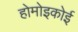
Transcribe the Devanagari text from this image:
होमोइकोई